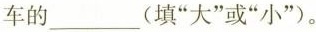
车的___(填”大”或”小”)。